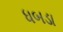
ધબડા